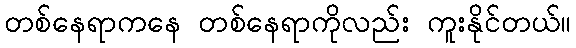
တစ်နေရာကနေ တစ်နေရာကိုလည်း ကူးနိုင်တယ်။